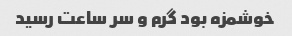
خوشمزه بود گرم و سر ساعت رسید